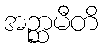
အဉ္ဆာမီတိ